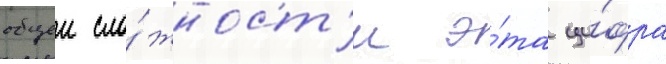
общеи сло́жност'и э́та ци́фра